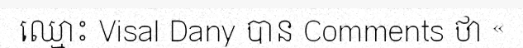
ឈ្មោះ Visal Dany បាន Comments ថា «